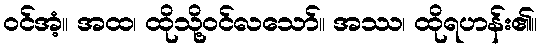
ဝင်အံ့။ အထ၊ ထိုသို့ဝင်လသော်။ အဿ၊ ထိုရဟန်း၏။